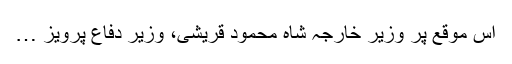
اس موقع پر وزیر خارجہ شاہ محمود قریشی، وزیر دفاع پرویز …